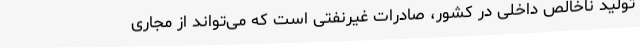
تولید ناخالص داخلی در کشور، صادرات غیرنفتی است که می‌تواند از مجاری